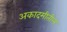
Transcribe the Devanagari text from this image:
अकादमीतील